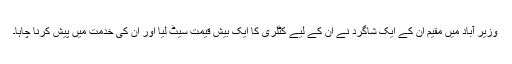
وزیر آباد میں مقیم ان کے ایک شاگرد نے ان کے لیے کٹلری کا ایک بیش قیمت سیٹ لیا اور ان کی خدمت میں پیش کرنا چاہا۔